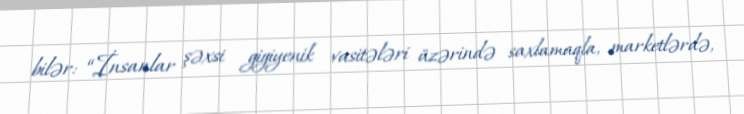
bilər: “İnsanlar şəxsi gigiyenik vasitələri üzərində saxlamaqla, marketlərdə,